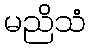
မညိသံ